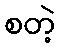
စတဲ့